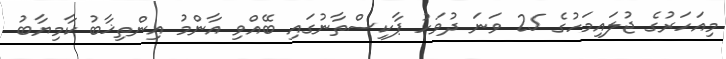
މިއަހަރުގެ ޖުލައިމަހުގެ 25 ވަނަ ދުވަހު ޕާކިސްތާނުގައި ބޭއްވި އާންމު އިންތިޚާބު ކާމިޔާބު